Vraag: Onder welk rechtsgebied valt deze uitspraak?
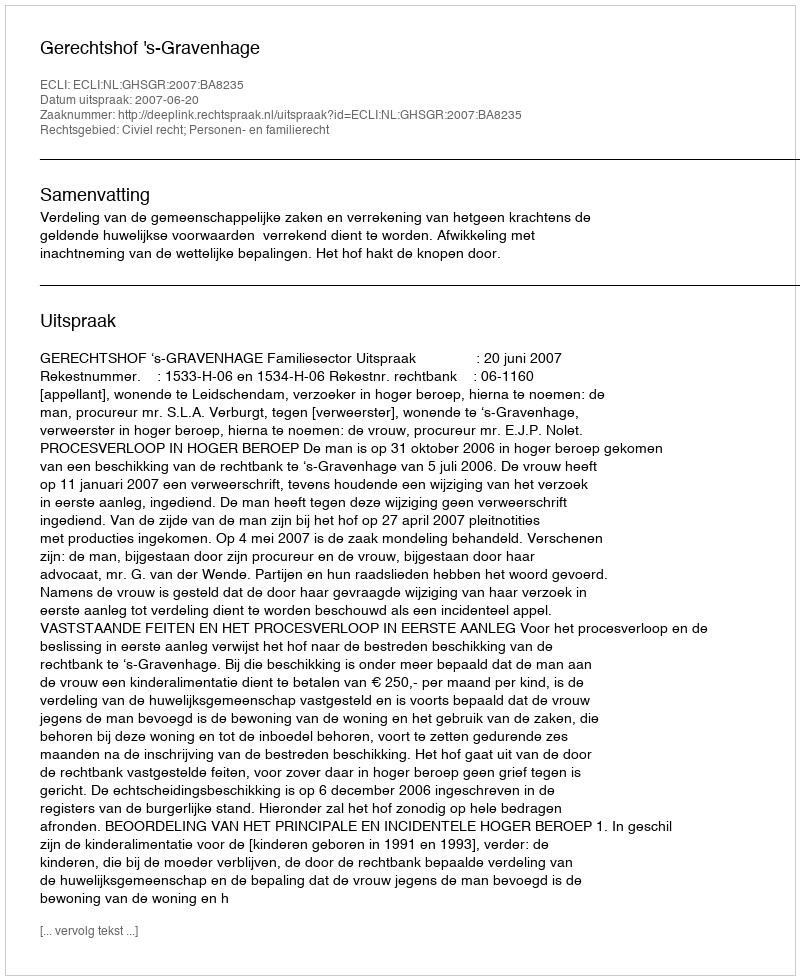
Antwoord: Civiel recht; Personen- en familierecht